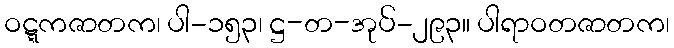
ဝဋ္ဋကဇာတက၊ ပါ-၁၅၃၊ ဋ္ဌ-တ-အုပ်-၂၉၃။ ပါရာဝတဇာတက၊